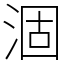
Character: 涸